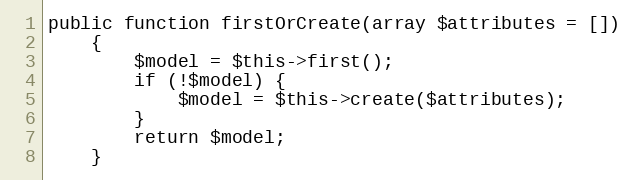
Language: PHP
public function firstOrCreate(array $attributes = [])
    {
        $model = $this->first();
        if (!$model) {
            $model = $this->create($attributes);
        }
        return $model;
    }